Annual report on the lock hospitals of the Madras Presidency
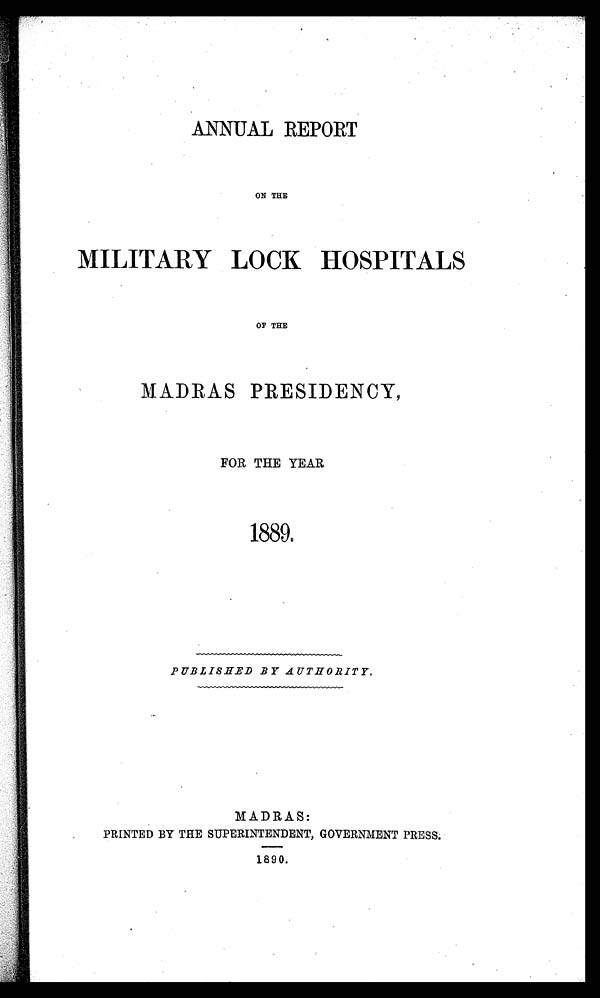
ANNUAL REPORT
ON THE
MILITARY LOCK HOSPITALS
OF THE
MADRAS PRESIDENCY,
FOR THE YEAR
1889.
PUBLISHED BY AUTHORITY,
MADRAS:
PRINTED BY THE SUPERINTENDENT, GOVERNMENT PRESS.
1890.